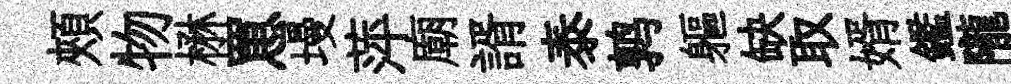
頰物楙罳墁萍廟諝泰鹑軀缺取婿鑑隴